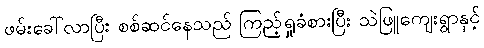
ဖမ်းခေါ်လာပြီး စစ်ဆင်နေသည် ကြည့်ရှုခံစားပြီး သဲဖြူကျေးရွာနှင့်